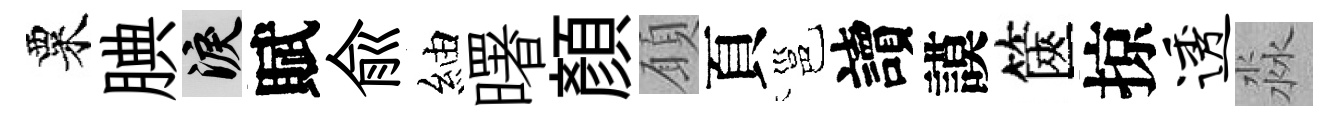
粟腆泪賦兪紬曙顏願頁邕讀謨篋掠透淼